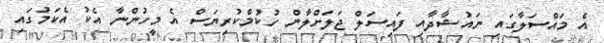
އެ މައްސަލާގައި ނައުޝާދާއި ފައިސަލް ޖަލަށްލާން ހުކުމްކުރިޔަސް އެ މީހުންނާ އެކު އެކަމުގައި